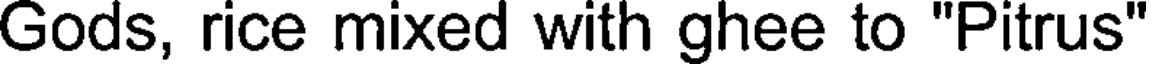
Gods, rice mixed with ghee to "Pitrus"